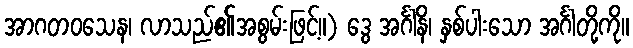
အာဂတဝသေန၊ လာသည်၏အစွမ်းဖြင့်။) ဒွေ အင်္ဂါနိ၊ နှစ်ပါးသော အင်္ဂါတို့ကို။